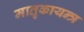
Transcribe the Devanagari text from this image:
मातृकायन्त्र